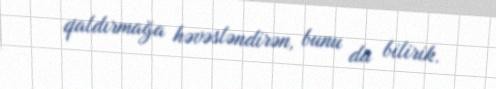
qaldırmağa həvəsləndirən, bunu da bilirik.